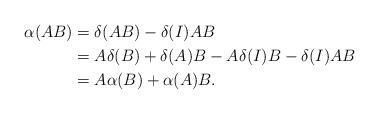
LaTeX: \begin{align*}\alpha(AB) & = \delta ( AB ) - \delta (I) AB \\& = A \delta ( B) + \delta (A) B - A \delta (I ) B - \delta ( I ) AB \\& = A \alpha (B) + \alpha( A) B .\end{align*}